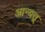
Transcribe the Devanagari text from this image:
आन्यत्र्